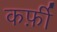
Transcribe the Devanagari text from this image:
कर्फ़ी